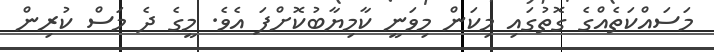
މަސައްކަތެއްގެ ގޮތުގައި މިކަން މިވަނީ ކާމިޔާބުކޮށްފަ އެވެ. މީގެ ދެ މަސް ކުރިން